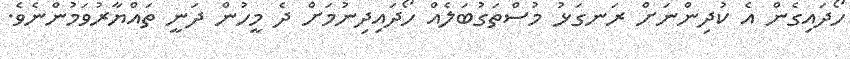
ހޯދައިގެން އެ ކުދިންނަށް ރަނގަޅު މުސްތަގުބަލެއް ހޯދައިދިނުމަށް ދެ މީހުން ދަނީ ތައްޔާރުވަމުންނެވެ.